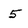
Character: 5